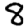
Digit: 8